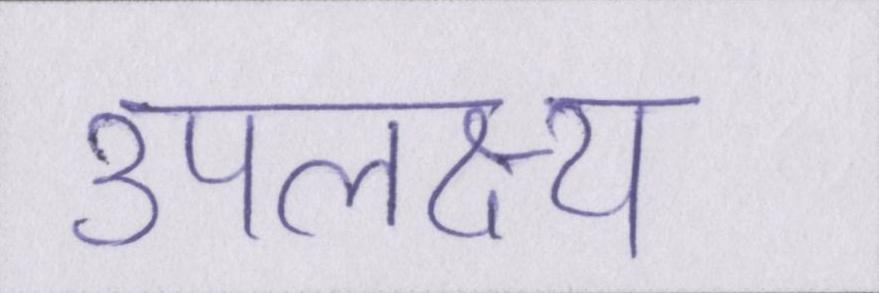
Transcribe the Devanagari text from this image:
उपलक्ष्य